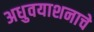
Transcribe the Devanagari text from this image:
अधुवयाशनाचे